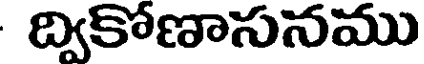
ద్వికోణాసనము